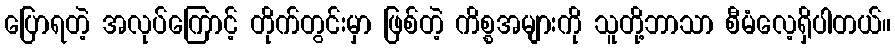
ပြောရတဲ့ အလုပ်ကြောင့် တိုက်တွင်းမှာ ဖြစ်တဲ့ ကိစ္စအများကို သူတို့ဘာသာ စီမံလေ့ရှိပါတယ်။